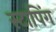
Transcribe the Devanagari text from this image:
स्टापिंग